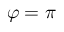
\varphi = \pi